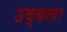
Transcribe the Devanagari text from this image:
उद्बलः